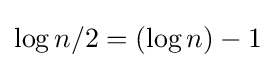
\log n/2=(\log n)-1